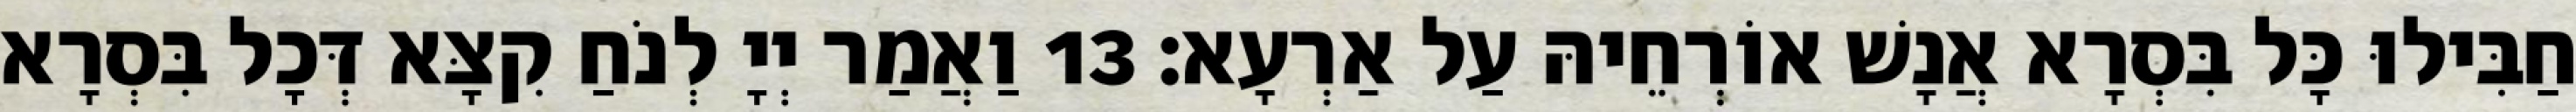
חַבִּילוּ כָּל בִּסְרָא אֲנָשׁ אוֹרְחֵיהּ עַל אַרְעָא׃ 13 וַאֲמַר יְיָ לְנֹחַ קִצָּא דְּכָל בִּסְרָא